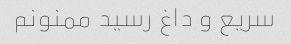
سریع و داغ رسید ممنونم